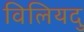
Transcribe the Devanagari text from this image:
विलियदु